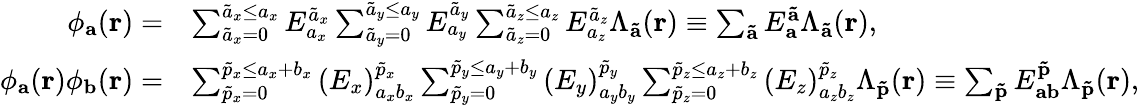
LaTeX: \begin{array}{rl}{\phi_{\mathbf{a}}({\mathbf r})=}&{\sum_{\tilde{a}_{x}=0}^{\tilde{a}_{x}\leq a_{x}}E_{a_{x}}^{\tilde{a}_{x}}\sum_{\tilde{a}_{y}=0}^{\tilde{a}_{y}\leq a_{y}}E_{a_{y}}^{\tilde{a}_{y}}\sum_{\tilde{a}_{z}=0}^{\tilde{a}_{z}\leq a_{z}}E_{a_{z}}^{\tilde{a}_{z}}\Lambda_{\mathbf{\tilde{a}}}(\mathbf{r})\equiv\sum_{\mathbf{\tilde{a}}}E_{\mathbf{a}}^{\mathbf{\tilde{a}}}\Lambda_{\mathbf{\tilde{a}}}(\mathbf{r}),}\\ {\phi_{\mathbf{a}}({\mathbf r})\phi_{\mathbf{b}}({\mathbf r})=}&{\sum_{\tilde{p}_{x}=0}^{\tilde{p}_{x}\leq a_{x}+b_{x}}\left(E_{x}\right)_{a_{x}b_{x}}^{\tilde{p}_{x}}\sum_{\tilde{p}_{y}=0}^{\tilde{p}_{y}\leq a_{y}+b_{y}}\left(E_{y}\right)_{a_{y}b_{y}}^{\tilde{p}_{y}}\sum_{\tilde{p}_{z}=0}^{\tilde{p}_{z}\leq a_{z}+b_{z}}\left(E_{z}\right)_{a_{z}b_{z}}^{\tilde{p}_{z}}\Lambda_{\mathbf{\tilde{p}}}(\mathbf{r})\equiv\sum_{\mathbf{\tilde{p}}}E_{\mathbf{a}\mathbf{b}}^{\mathbf{\tilde{p}}}\Lambda_{\mathbf{\tilde{p}}}(\mathbf{r}),}\end{array}